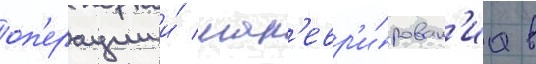
оп'ерации и́ ман'евр'и́рован'иа в